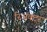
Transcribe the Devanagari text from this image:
रिअॅक्टर